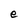
Character: e